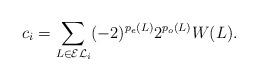
LaTeX: \begin{align*}c_i=\sum_{L\in \mathcal{EL}_i}(-2)^{p_e(L)}2^{p_o(L)}W(L).\end{align*}